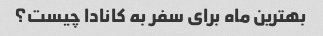
بهترین ماه برای سفر به کانادا چیست؟